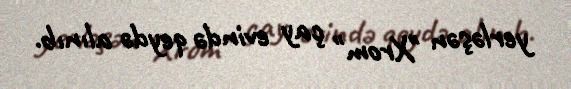
yerləşən "Xrom" çay evində qeydə alınıb.